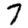
Digit: 7